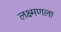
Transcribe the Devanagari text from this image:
लक्ष्मणला